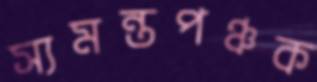
স্যমন্তপঞ্চক